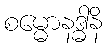
စမ္မောနဒ္ဓါနိ